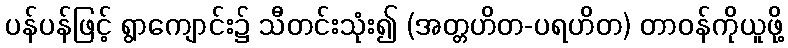
ပန်ပန်ဖြင့် ရွာကျောင်း၌ သီတင်းသုံး၍ (အတ္တဟိတ-ပရဟိတ) တာဝန်ကိုယူဖို့